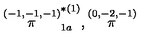
\stackrel { ( - 1 , - 1 , - 1 ) } { \pi } _ { 1 a } ^ { * ( 1 ) } , \stackrel { ( 0 , - 2 , - 1 ) } { \pi }